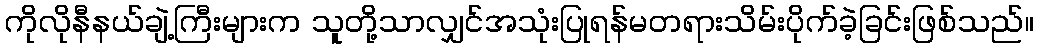
ကိုလိုနီနယ်ချဲ့ကြီးများက သူတို့သာလျှင်အသုံးပြုရန်မတရားသိမ်းပိုက်ခဲ့ခြင်းဖြစ်သည်။